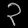
Digit: ၃